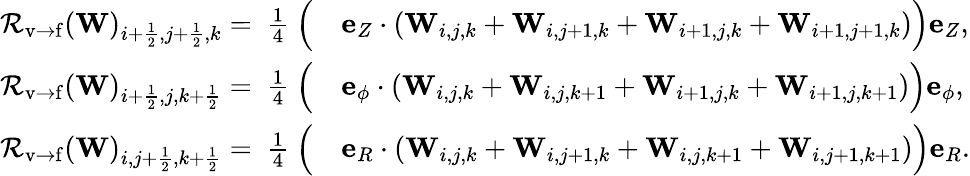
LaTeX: \begin{array}{rl}{{\mathcal{R}}_{\mathrm{v\rightarrow f}}(\mathbf{W})_{i+\frac{1}{2},j+\frac{1}{2},k}=~\frac{1}{4}~{\Big(}}&{{}\mathbf{e}_{Z}\cdot(\mathbf{W}_{i,j,k}+\mathbf{W}_{i,j+1,k}+\mathbf{W}_{i+1,j,k}+\mathbf{W}_{i+1,j+1,k}){\Big)}\mathbf{e}_{Z},}\\ {{\mathcal{R}}_{\mathrm{v\rightarrow f}}(\mathbf{W})_{i+\frac{1}{2},j,k+\frac{1}{2}}=~\frac{1}{4}~{\Big(}}&{{}\mathbf{e}_{\phi}\cdot(\mathbf{W}_{i,j,k}+\mathbf{W}_{i,j,k+1}+\mathbf{W}_{i+1,j,k}+\mathbf{W}_{i+1,j,k+1}){\Big)}\mathbf{e}_{\phi},}\\ {{\mathcal{R}}_{\mathrm{v\rightarrow f}}(\mathbf{W})_{i,j+\frac{1}{2},k+\frac{1}{2}}=~\frac{1}{4}~{\Big(}}&{{}\mathbf{e}_{R}\cdot(\mathbf{W}_{i,j,k}+\mathbf{W}_{i,j+1,k}+\mathbf{W}_{i,j,k+1}+\mathbf{W}_{i,j+1,k+1}){\Big)}\mathbf{e}_{R}.}\end{array}